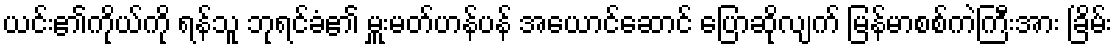
ယင်း၏ကိုယ်ကို ရန်သူ ဘုရင်ခံ၏ မှူးမတ်ဟန်ပန် အယောင်ဆောင် ပြောဆိုလျက် မြန်မာစစ်ကဲကြီးအား ခြိမ်း